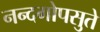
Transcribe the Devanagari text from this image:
नन्दगोपसुते